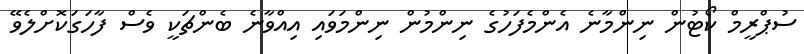
ސުޕްރީމް ކޯޓުން ނިންމާނެ އެންމެފަހުގެ ނިންމުން ނިންމަވައި އިއްވާނެ ބެންޗަކީ ވެސް ފާހަގަކޮށްލެވޭ